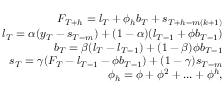
\begin{array} { r } { F _ { T + h } = l _ { T } + \phi _ { h } b _ { T } + s _ { T + h - m ( k + 1 ) } } \\ { l _ { T } = \alpha ( y _ { T } - s _ { T - m } ) + ( 1 - \alpha ) ( l _ { T - 1 } + \phi b _ { T - 1 } ) } \\ { b _ { T } = \beta ( l _ { T } - l _ { T - 1 } ) + ( 1 - \beta ) \phi b _ { T - 1 } } \\ { s _ { T } = \gamma ( F _ { T } - l _ { T - 1 } - \phi b _ { T - 1 } ) + ( 1 - \gamma ) s _ { T - m } } \\ { \phi _ { h } = \phi + \phi ^ { 2 } + . . . + \phi ^ { h } , } \end{array}